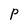
Character: p